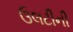
ઉલટીની